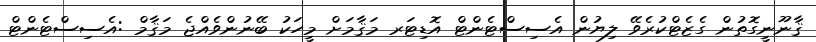
ޤާނޫނީގޮތުން ގެޒެޓްކުރެވޭ ލިޔުން އެސިސްޓެންޓް އޮޑިޓަރ މަޤާމަށް މީހަކު ބޭނުންވެއްޖެ މަޤާމް :އެސިސްޓެންޓް